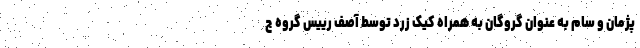
پژمان و سام به عنوان گروگان به همراه کیک زرد توسط آصف رییس گروه ج